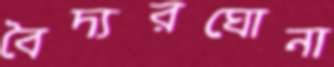
বৈদ্যরঘোনা